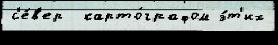
с'е́в'ер  карто́графом э́т'их